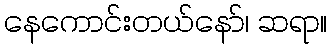
နေကောင်းတယ်နော်၊ ဆရာ။